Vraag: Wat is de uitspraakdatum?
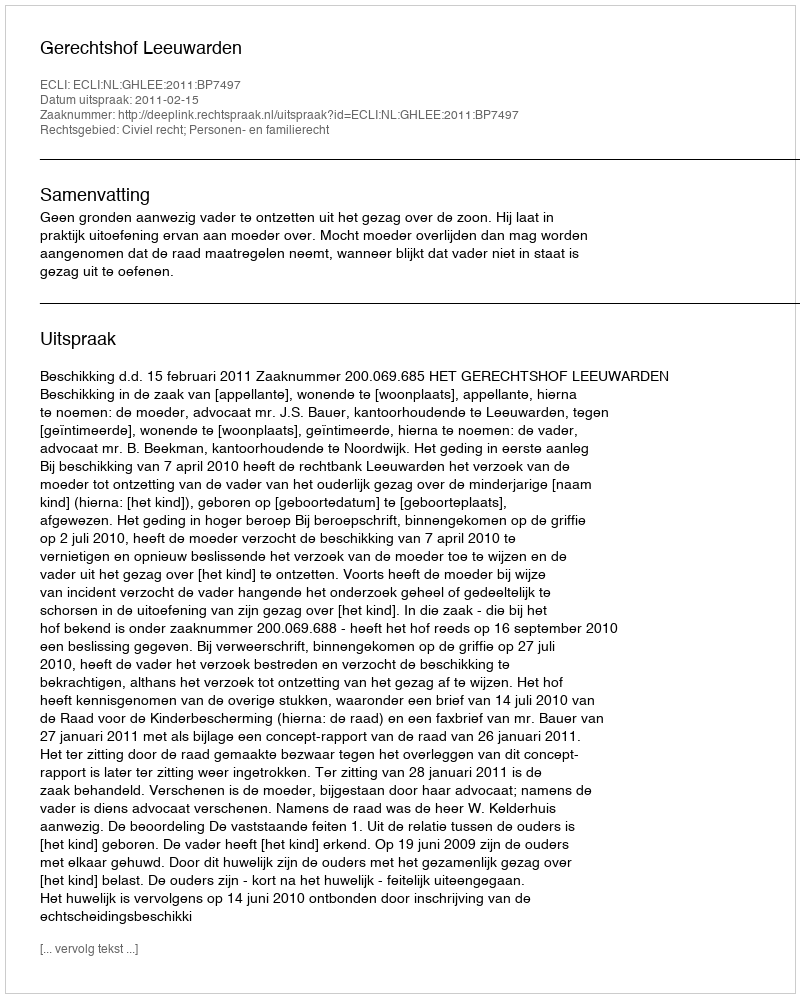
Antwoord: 2011-02-15